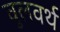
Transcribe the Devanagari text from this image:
वुलवर्थ